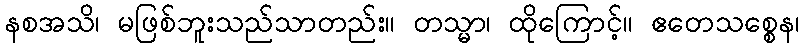
နစအသိ၊ မဖြစ်ဘူးသည်သာတည်း။ တသ္မာ၊ ထိုကြောင့်။ ဧတေသစ္စေန၊